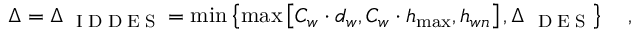
\Delta = \Delta _ { \mathrm { ~ \tiny ~ I ~ D ~ D ~ E ~ S ~ } } = \operatorname* { m i n } \left\{ { \operatorname* { m a x } \left[ { C _ { w } \cdot d _ { w } , C _ { w } \cdot h _ { \operatorname* { m a x } } , h _ { w n } } \right] , \Delta _ { \mathrm { ~ \tiny ~ D ~ E ~ S ~ } } } \right\} \quad ,